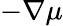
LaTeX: -\nabla\mu